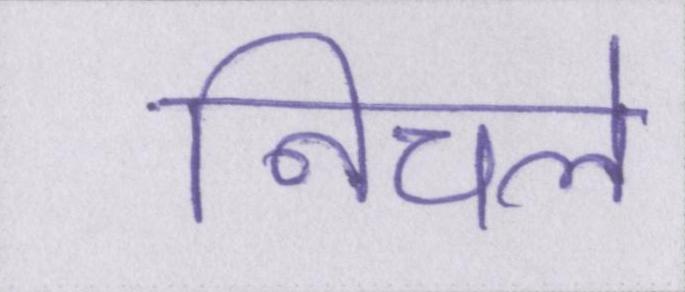
निचले